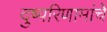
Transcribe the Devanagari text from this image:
दुष्परिणामांचे